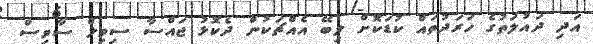
އަދި ދައުލަތުގެ ހަރަދުތައް ކުޑަކޮށް ލިބޭ އެއްޗަކުން ދެކޮޅު ޖައްސާ ސިވިލް ސާވިސް